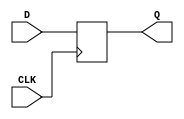
module	DFFQ #(parameter WIDTH=32)( CLK, D, Q );
input	CLK;
input		[WIDTH-1:0] 	D;
output	reg	[WIDTH-1:0] 	Q;

always @(posedge CLK)	Q <= D;

endmodule